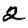
Digit: 2